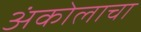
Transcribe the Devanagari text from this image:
अंकोलाचा